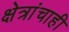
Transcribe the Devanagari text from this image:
क्षेत्रांचाही